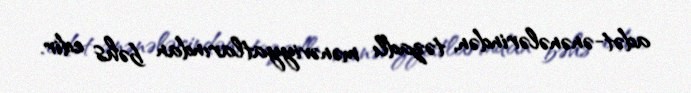
adət-ənənələrindən, təzadlı mənəviyyatlarından bəhs edir.